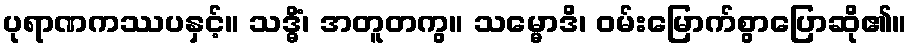
ပုရာဏကဿပနှင့်။ သဒ္ဓိံ၊ အတူတကွ။ သမ္မောဒိ၊ ဝမ်းမြောက်စွာပြောဆို၏။